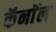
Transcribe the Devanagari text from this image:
कॅनाॅल